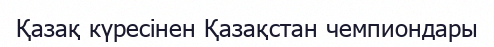
Қазақ күресінен Қазақстан чемпиондары